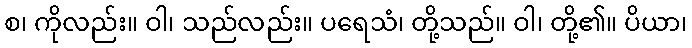
စ၊ ကိုလည်း။ ဝါ၊ သည်လည်း။ ပရေသံ၊ တို့သည်။ ဝါ၊ တို့၏။ ပိယာ၊